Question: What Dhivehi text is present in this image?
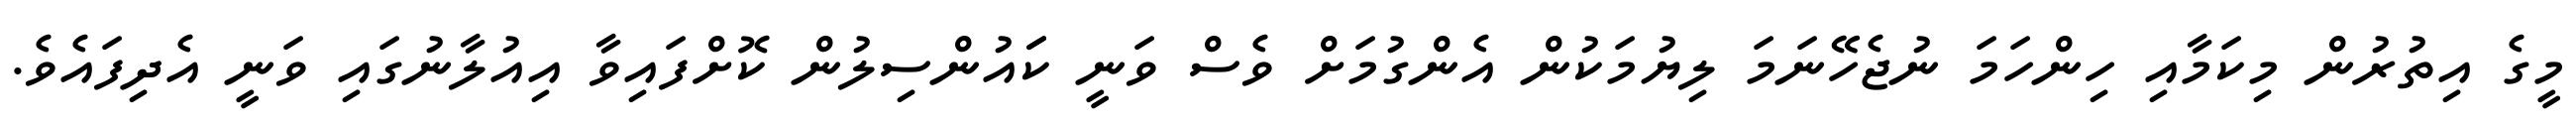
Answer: މީގެ އިތުރުން މިކަމާއި ހިންހަމަ ނުޖެހޭނަމަ ލިޔުމަކުން އެންގުމަށް ވެސް ވަނީ ކަައުންސިލުން ކޮށްފައިވާ އިއުލާނުގައި ވަނީ އެދިފައެވެ.